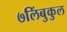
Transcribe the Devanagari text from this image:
७लिंबुकुल